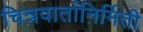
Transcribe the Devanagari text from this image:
चित्रवार्तानिर्मिती